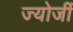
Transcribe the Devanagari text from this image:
ज्योर्जी